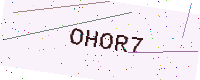
Text: OHOR7